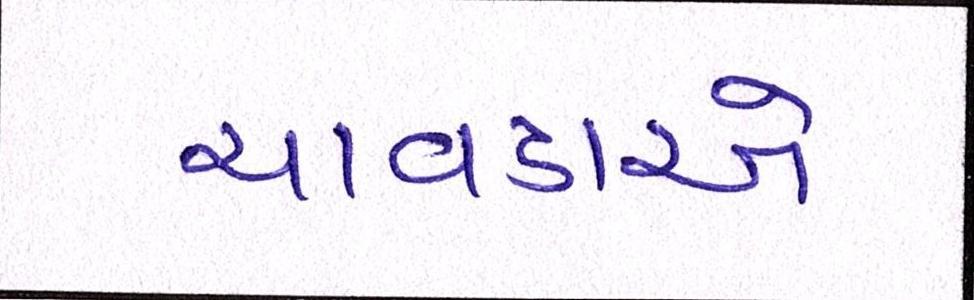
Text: ચાવડાએ